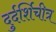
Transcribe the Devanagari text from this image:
दुर्दर्शिचीत्र